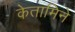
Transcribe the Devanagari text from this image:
केतामिने